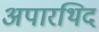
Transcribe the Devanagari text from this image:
अपारथिद